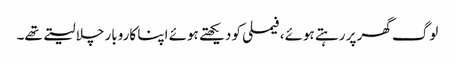
لوگ گھر پر رہتے ہوئے،فیملی کو دیکھتے ہوئے اپنا کاروبار چلا لیتے تھے۔